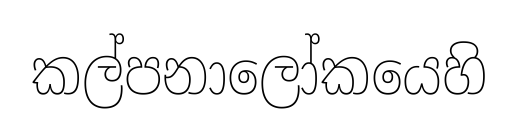
කල්පනාලෝකයෙහි